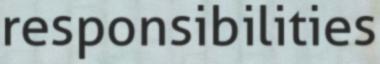
responsibilities